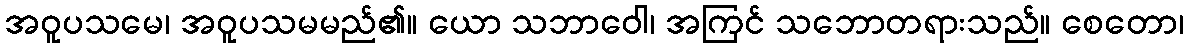
အဝူပသမေ၊ အဝူပသမမည်၏။ ယော သဘာဝေါ၊ အကြင် သဘောတရားသည်။ စေတော၊